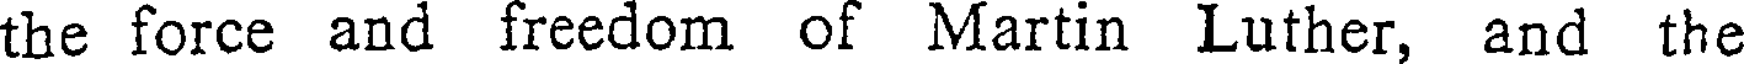
the force and freedom of Martin Luther, and the